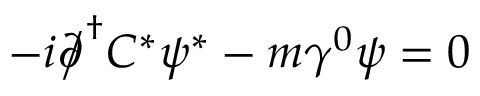
- i { \partial \! \! \! { \big / } } ^ { \dagger } C ^ { * } \psi ^ { * } - m \gamma ^ { 0 } \psi = 0